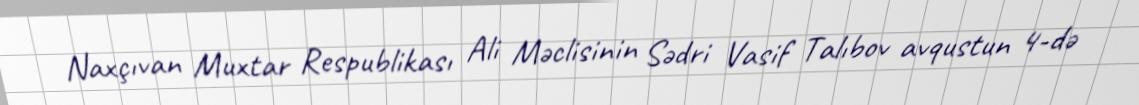
Naxçıvan Muxtar Respublikası Ali Məclisinin Sədri Vasif Talıbov avqustun 4-də